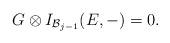
LaTeX: \begin{align*} G\otimes I_{\mathcal{B}_{j-1}}(E,-)=0.\end{align*}